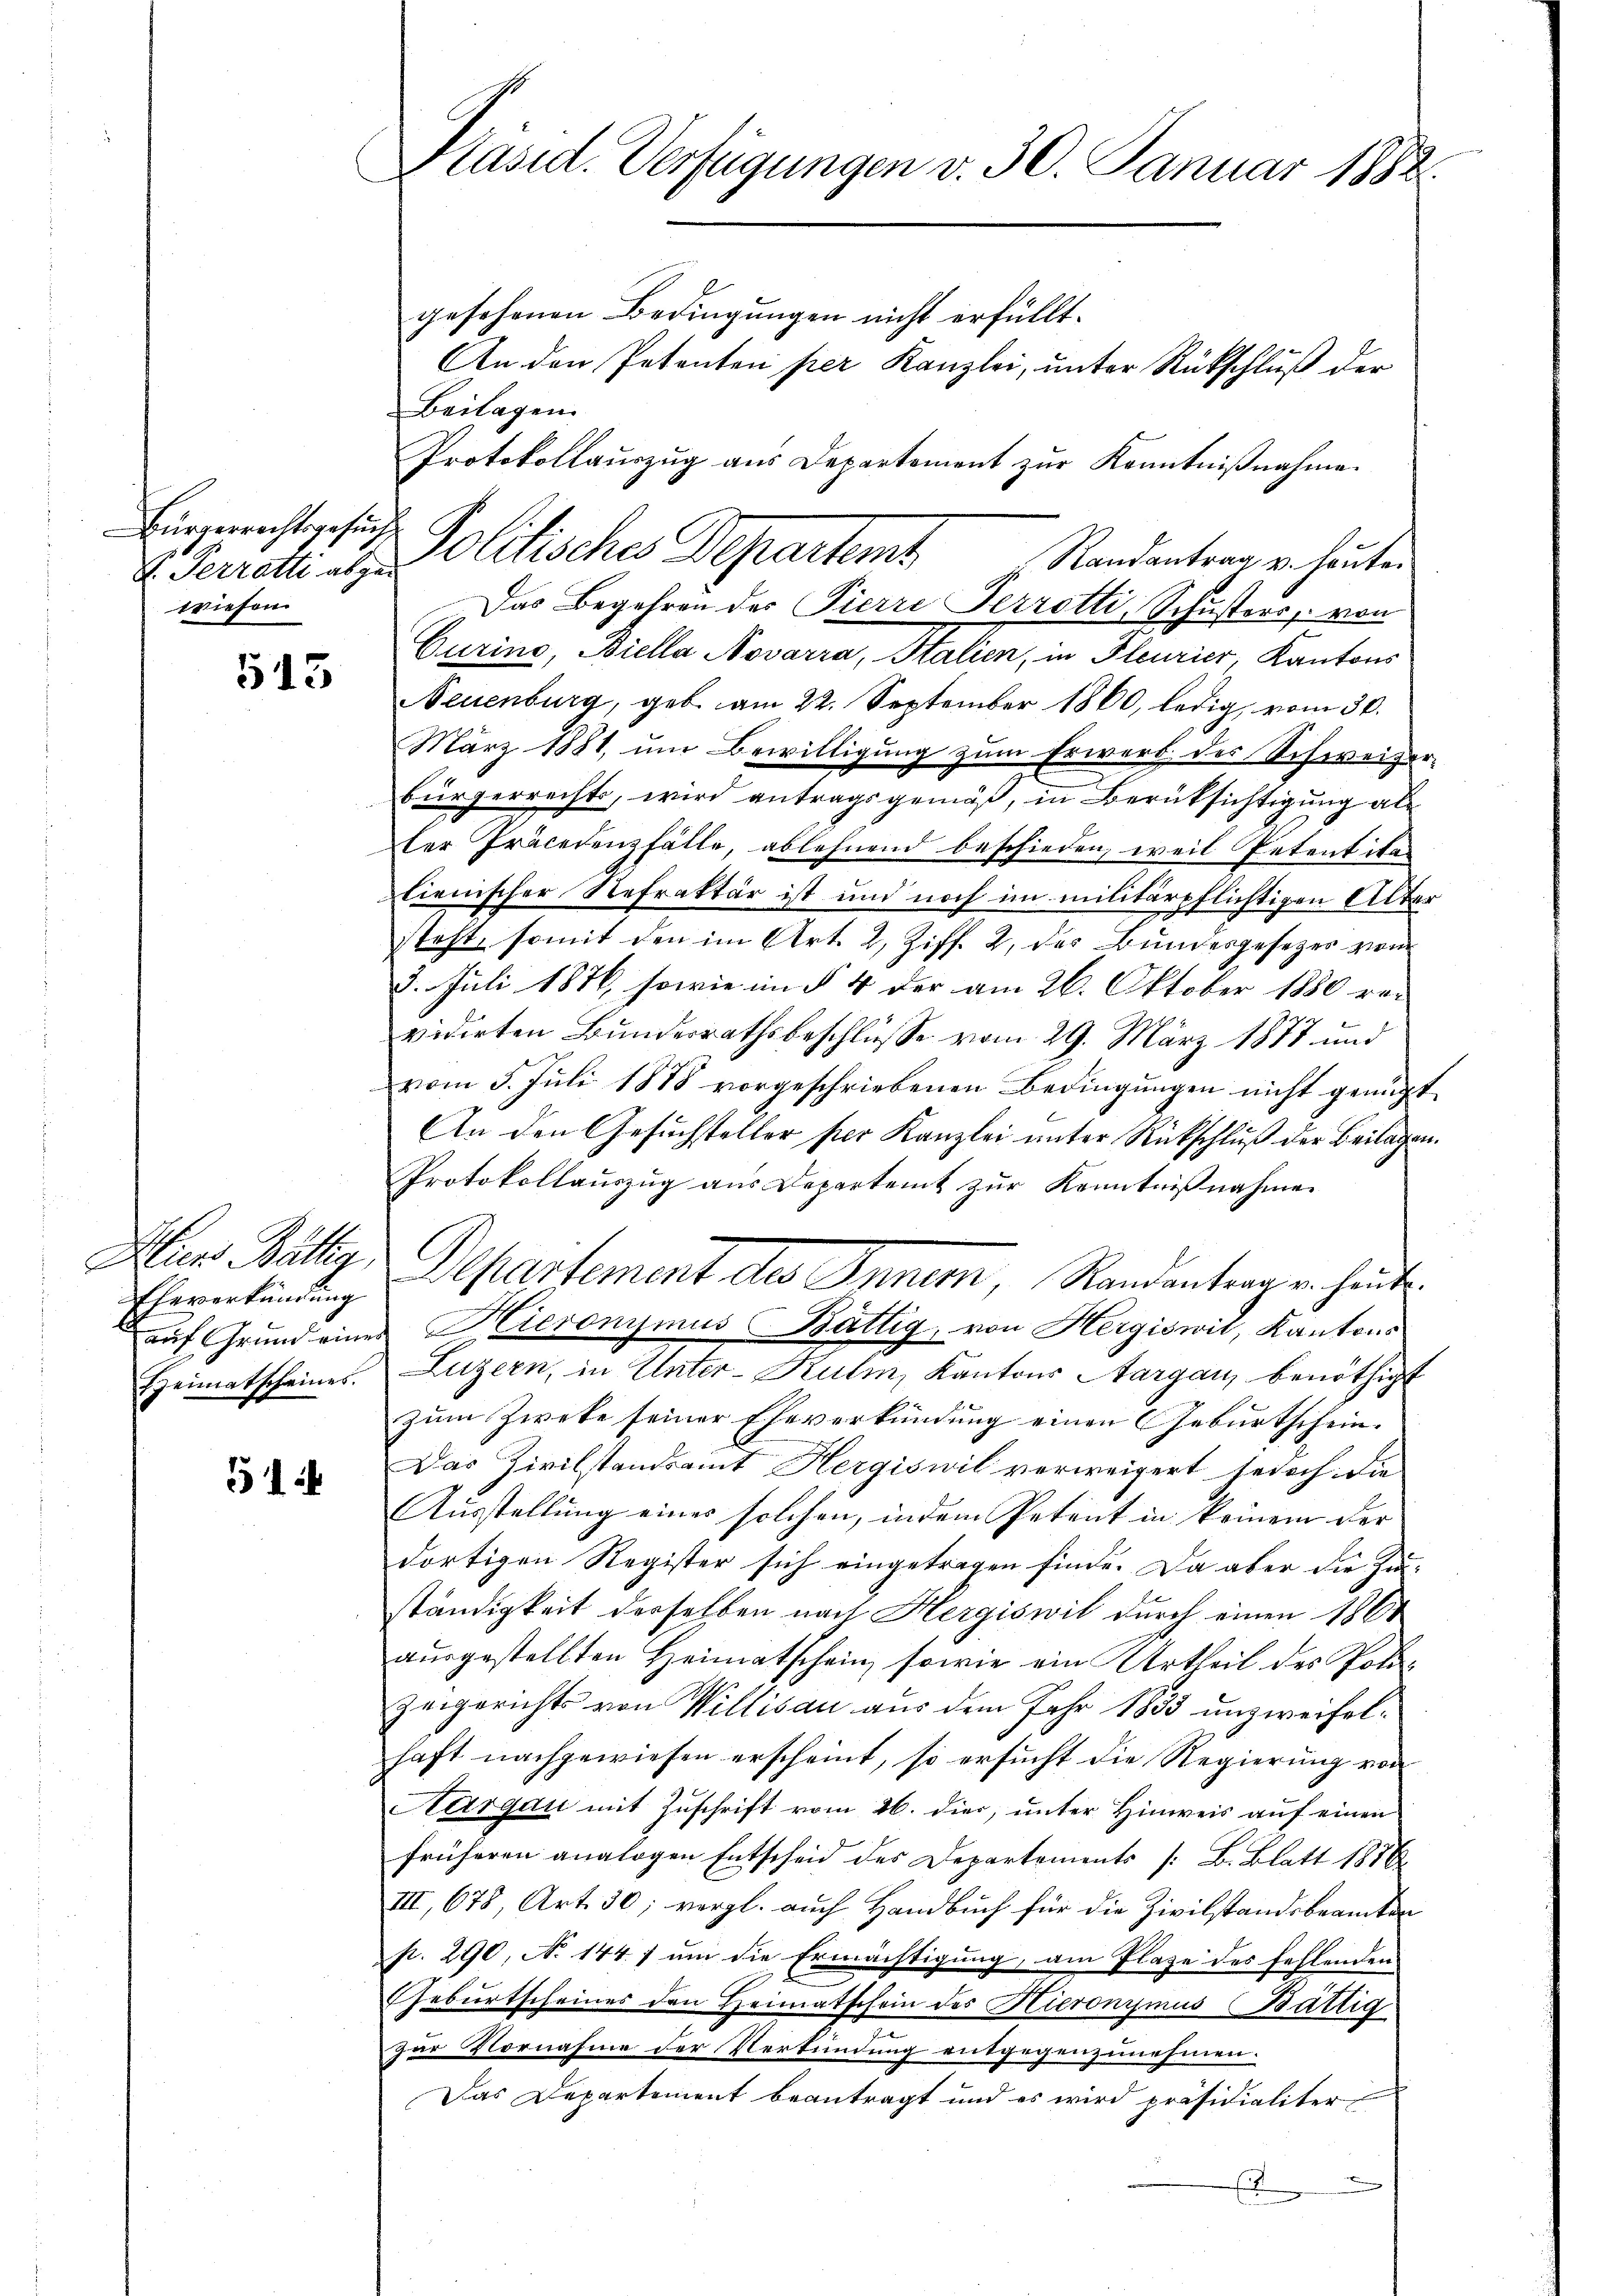
Präsid. Verfügungen v. 30. Januar 1882.
gesehenen Bedingungen nicht erfüllt.
An den Petenten per Kanzlei, unter Rückschluß der
Beilagen.

Gurins, Biella Novarra, Stalien, in Heurier, Kantons
Neuenburg, geb. am 22. September 1860, ledig, vom 30.
März 1881, um Bewilligung zum Erwerb des Schweizerbürgerrechts, wird antragsgemäß, in Berüksichtigung al
der Präcedenzfälle, ablehnend beschieden, weil Petentitalienischer Refraktär ist und noch im militärpflichtigen Altesteht, somit den im Art. 2, Ziff. 2, des Bundesgesezes vom
3. Juli 1876, sowie im § 4 der am 26. Oktober 1880 rei
vidirten Bundesrathsbeschlüsse vom 29. März 1878 und
vom 5. Juli 1888 vorgeschriebenen Bedingŭngen nicht genügt
An den Gesuchsteller per Kanzlei unter Rückschluß der Beilagen
Protokollauszug aus Departemt zŭr Kenntniβnahmen
Departement des Inner, Randentragen heute.
Hieronymus Bättig, von Hergiswil, Kantons
Luzern, in Unter-Kulm, Kantons Aargau, benöthigt
zum Zweke seiner Eheverkündung einen Geburtschein.
Das Zivilstandsamt Hergiswil verweigert, jedoch die
Ausstellung einer solchen, indem Petent in keinem der
dortigen Register sich eingetragen finde. Da aber die Zu-
ständigkeit derselben nach Hergiswil durch einen 1861
aŭsgestellten Heimatschein, sowie ein Urtheil des Poli¬
Zeigerichts von Willisau aus dem Jahr 1833 unzweifelhaft nachgewiesen erscheint, so ersucht die Regierung von
Aargau mit Zuschrift vom 26. dies, unter Hinweis auf einen
früheren analogen Entscheid des Departements [ B. Blatt 1816.
III, 678, Art. 30; vergl. auch Handbuch für die Zivilstandsbeamten
p. 290, No 1447 um die Ermächtigung, am Plaze des fehlenden
Geburtscheines den Heimatschein des Hieronymus Bättig
zur Vornahme der Verkündung entgegenzunehmen.
Das Departement beantragt und es wird präsidialiter
E

Protokollauszug aus Departement zur Kenntnißnahme.
I. Perrott u. Politisches Departemt Randantrag v. heuten
Das Begehren des Pierre Perrotti, Schusters, von

Bürgerrechtsgesuch
wiesen

513

Auro Bättig,
Eheverkündung
auf Grund eines
Heimatscheines.

51